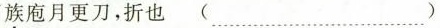
族庖月更刀，折也 (……)